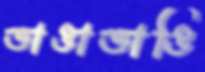
ভাঙাভাঙি